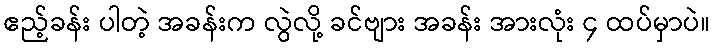
ဧည့်ခန်း ပါတဲ့ အခန်းက လွဲလို့ ခင်ဗျား အခန်း အားလုံး ၄ ထပ်မှာပဲ။